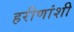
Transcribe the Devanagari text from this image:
हरीणांशी